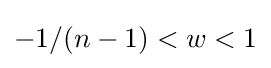
-1/(n-1)<w<1